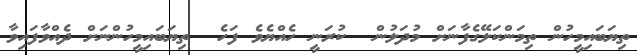
ތިޔަބައިމީހުން ތިމަންކަލޭގެފާނަށް މުދަލުން  ކުރަނީ ހެއްޔެވެ ފަހެ  ތިޔަބައިމީހުންނަށް ދެއްވާފައިވާ